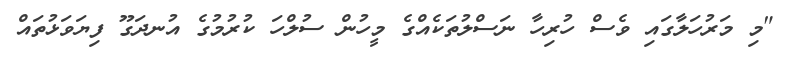
"މި މަރުހަލާގައި ވެސް ހުރިހާ ނަސްލުތަކެއްގެ މީހުން ސުލްހަ ކުރުމުގެ އުނދަގޫ ފިޔަވަޅުތައް